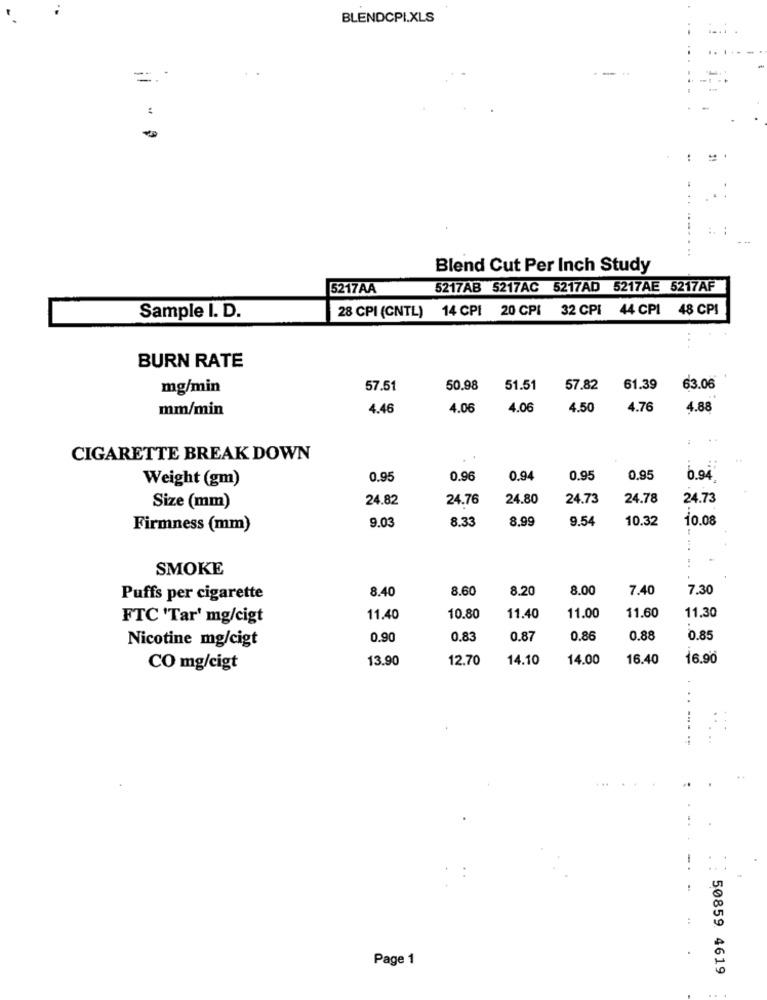
BLENDCPI.XLS
.. .
= =
:
Blend Cut Per Inch Study
5217AA
5217AB 5217AC 5217AD 5217AE 5217AF
28 CPI (CNTL) 14 CPI 20 CPI 32 CPI 44 CPI 48 CPI
Sample I. D.
BURN RATE
mg/min
57.51
50.98
51.51
57.82
61.39
63.06
mm/min
4.46
4.06
4.06
4.50
4.76
4.88
CIGARETTE BREAK DOWN
Weight (gm)
0.95
0.96
0.94
0.95
0.95
6.94
Size (mm)
24.82
24.76
24.80
24.73
24.78
24.73
8.99
9.54
10.32
10.08
Firmness (mm)
9.03
8.33
SMOKE
8.40
8.60
8.20
8.00
7.40
7.30
Puffs per cigarette
FTC 'Tar' mg/cigt
11.40
10.80
11.40
11.00
11.60
11.30
0.90
0.83
0.87
0.86
0.88
0.85
Nicotine mg/cigt
13.90
12.70
14.10
14.00
16.40
16.90
CO mg/cigt
Page 1
50859. 4619